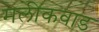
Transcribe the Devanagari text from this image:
मलीकवाड